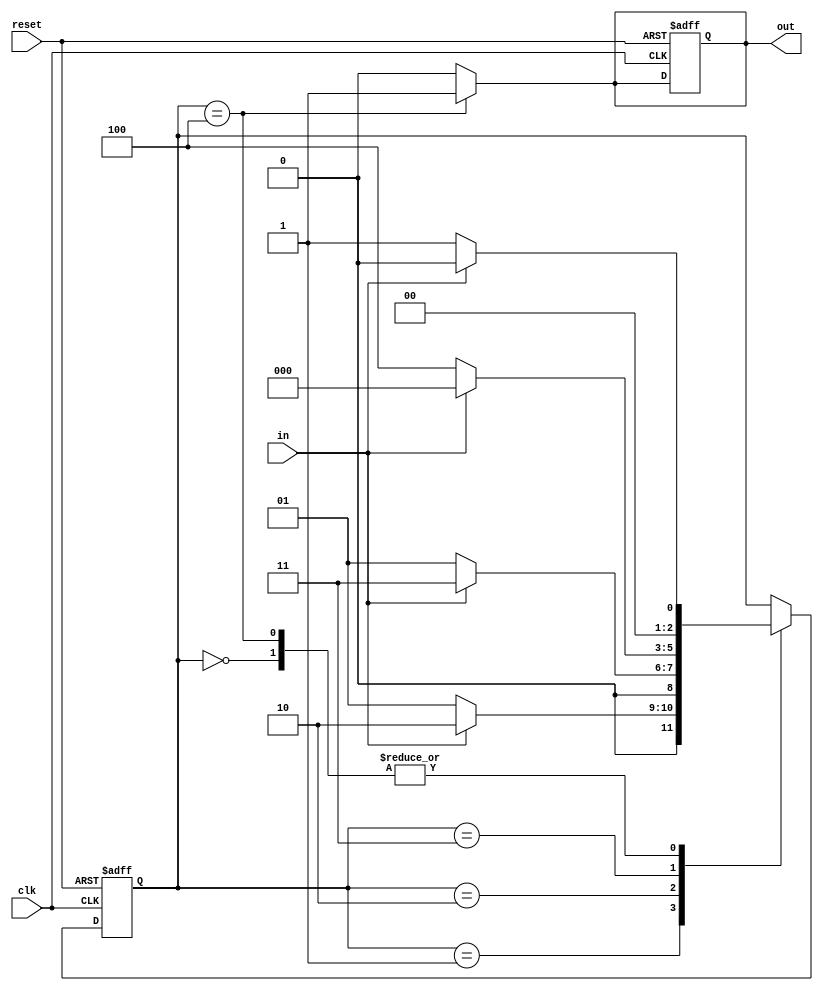
module detector (in, clk, reset, out);
    input in, clk, reset;
    output reg out;

    reg [2:0] state;
    parameter S_default = 3'b000, S0 = 3'b001, S01 = 3'b010, S011 = 3'b011, S0110 = 3'b100;

    initial begin
        state = S_default;
        out = 1'b0;
    end

    always @(posedge clk or posedge reset) begin
        if (reset) begin
            state <= S_default;
            out <= 1'b0;
        end else begin
            case (state)
                S_default: begin
                    if (!in) begin
                        state <= S0;
                    end else begin
                        state <= S_default;
                    end
                end
                S0: begin
                    if (in) begin
                        state <= S01;
                    end else begin
                        state <= S0;
                    end
                end
                S01: begin
                    if (in) begin
                        state <= S011;
                    end else begin
                        state <= S0;
                    end
                end
                S011: begin
                    if (in) begin
                        state <= S_default;
                    end else begin
                        state <= S0110;
                    end
                end
                S0110: begin
                    if (in) begin
                        state <= S_default;
                    end else begin
                        state <= S0;
                    end
                end
            endcase
        end
    end

    always @(state) begin
        if (state == S0110) begin
            out = 1'b1;
        end else begin
            out = 1'b0;
        end
    end
    
endmodule